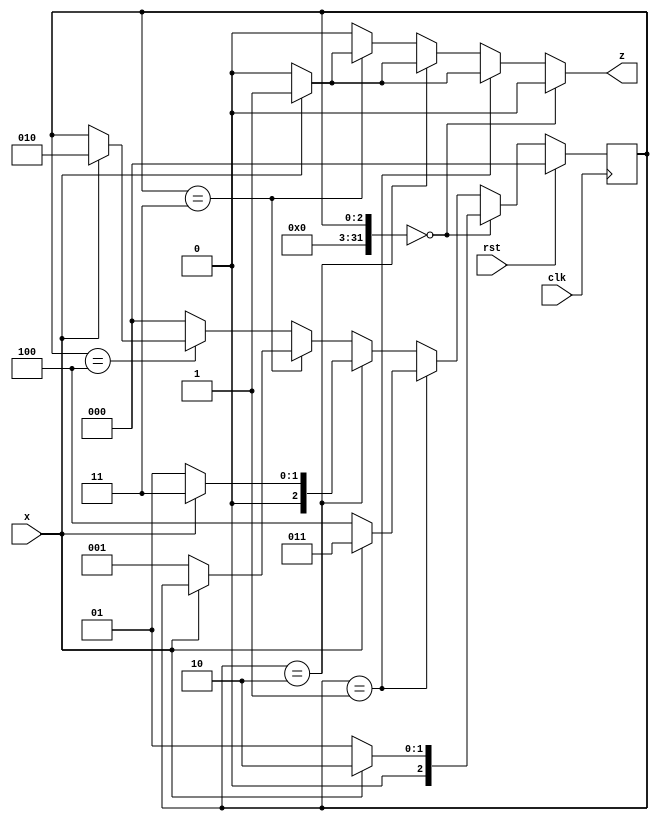
`timescale 1ns / 1ps

module bcd_v(clk, rst, x, z);
    
    input wire clk;
    input wire rst;
    input wire x;
    output reg z;
    
    integer C = 0, D = 1, E = 2, F = 3, G = 4;
    reg[2:0] curr_state, next_state;
    
    always @(posedge(clk)) begin
        if (rst) curr_state <= C;
        else curr_state <= next_state;
    end
    
    always @(curr_state, x) begin
    
        next_state <= curr_state;
        z <= 1'b0;
        
        case(curr_state)
        
            C: begin
                next_state <= D;
                if (x) next_state <= E;
            end
            
            D: begin
                next_state <= G;
                if (x) begin
                    z <= 1'b1;
                    next_state <= F;
                end
            end
        
            E: begin
                next_state <= D;
                if (x) begin
                    z <= 1'b1;
                    next_state <= F;
                end
            end
        
            F: begin
                if (x) z <= 1'b1;
                else next_state <= D;
            end
            
            G: begin
                if (x) next_state <= E;
            end
            
            default: next_state <= C;
        
        endcase;
    
    end

endmodule